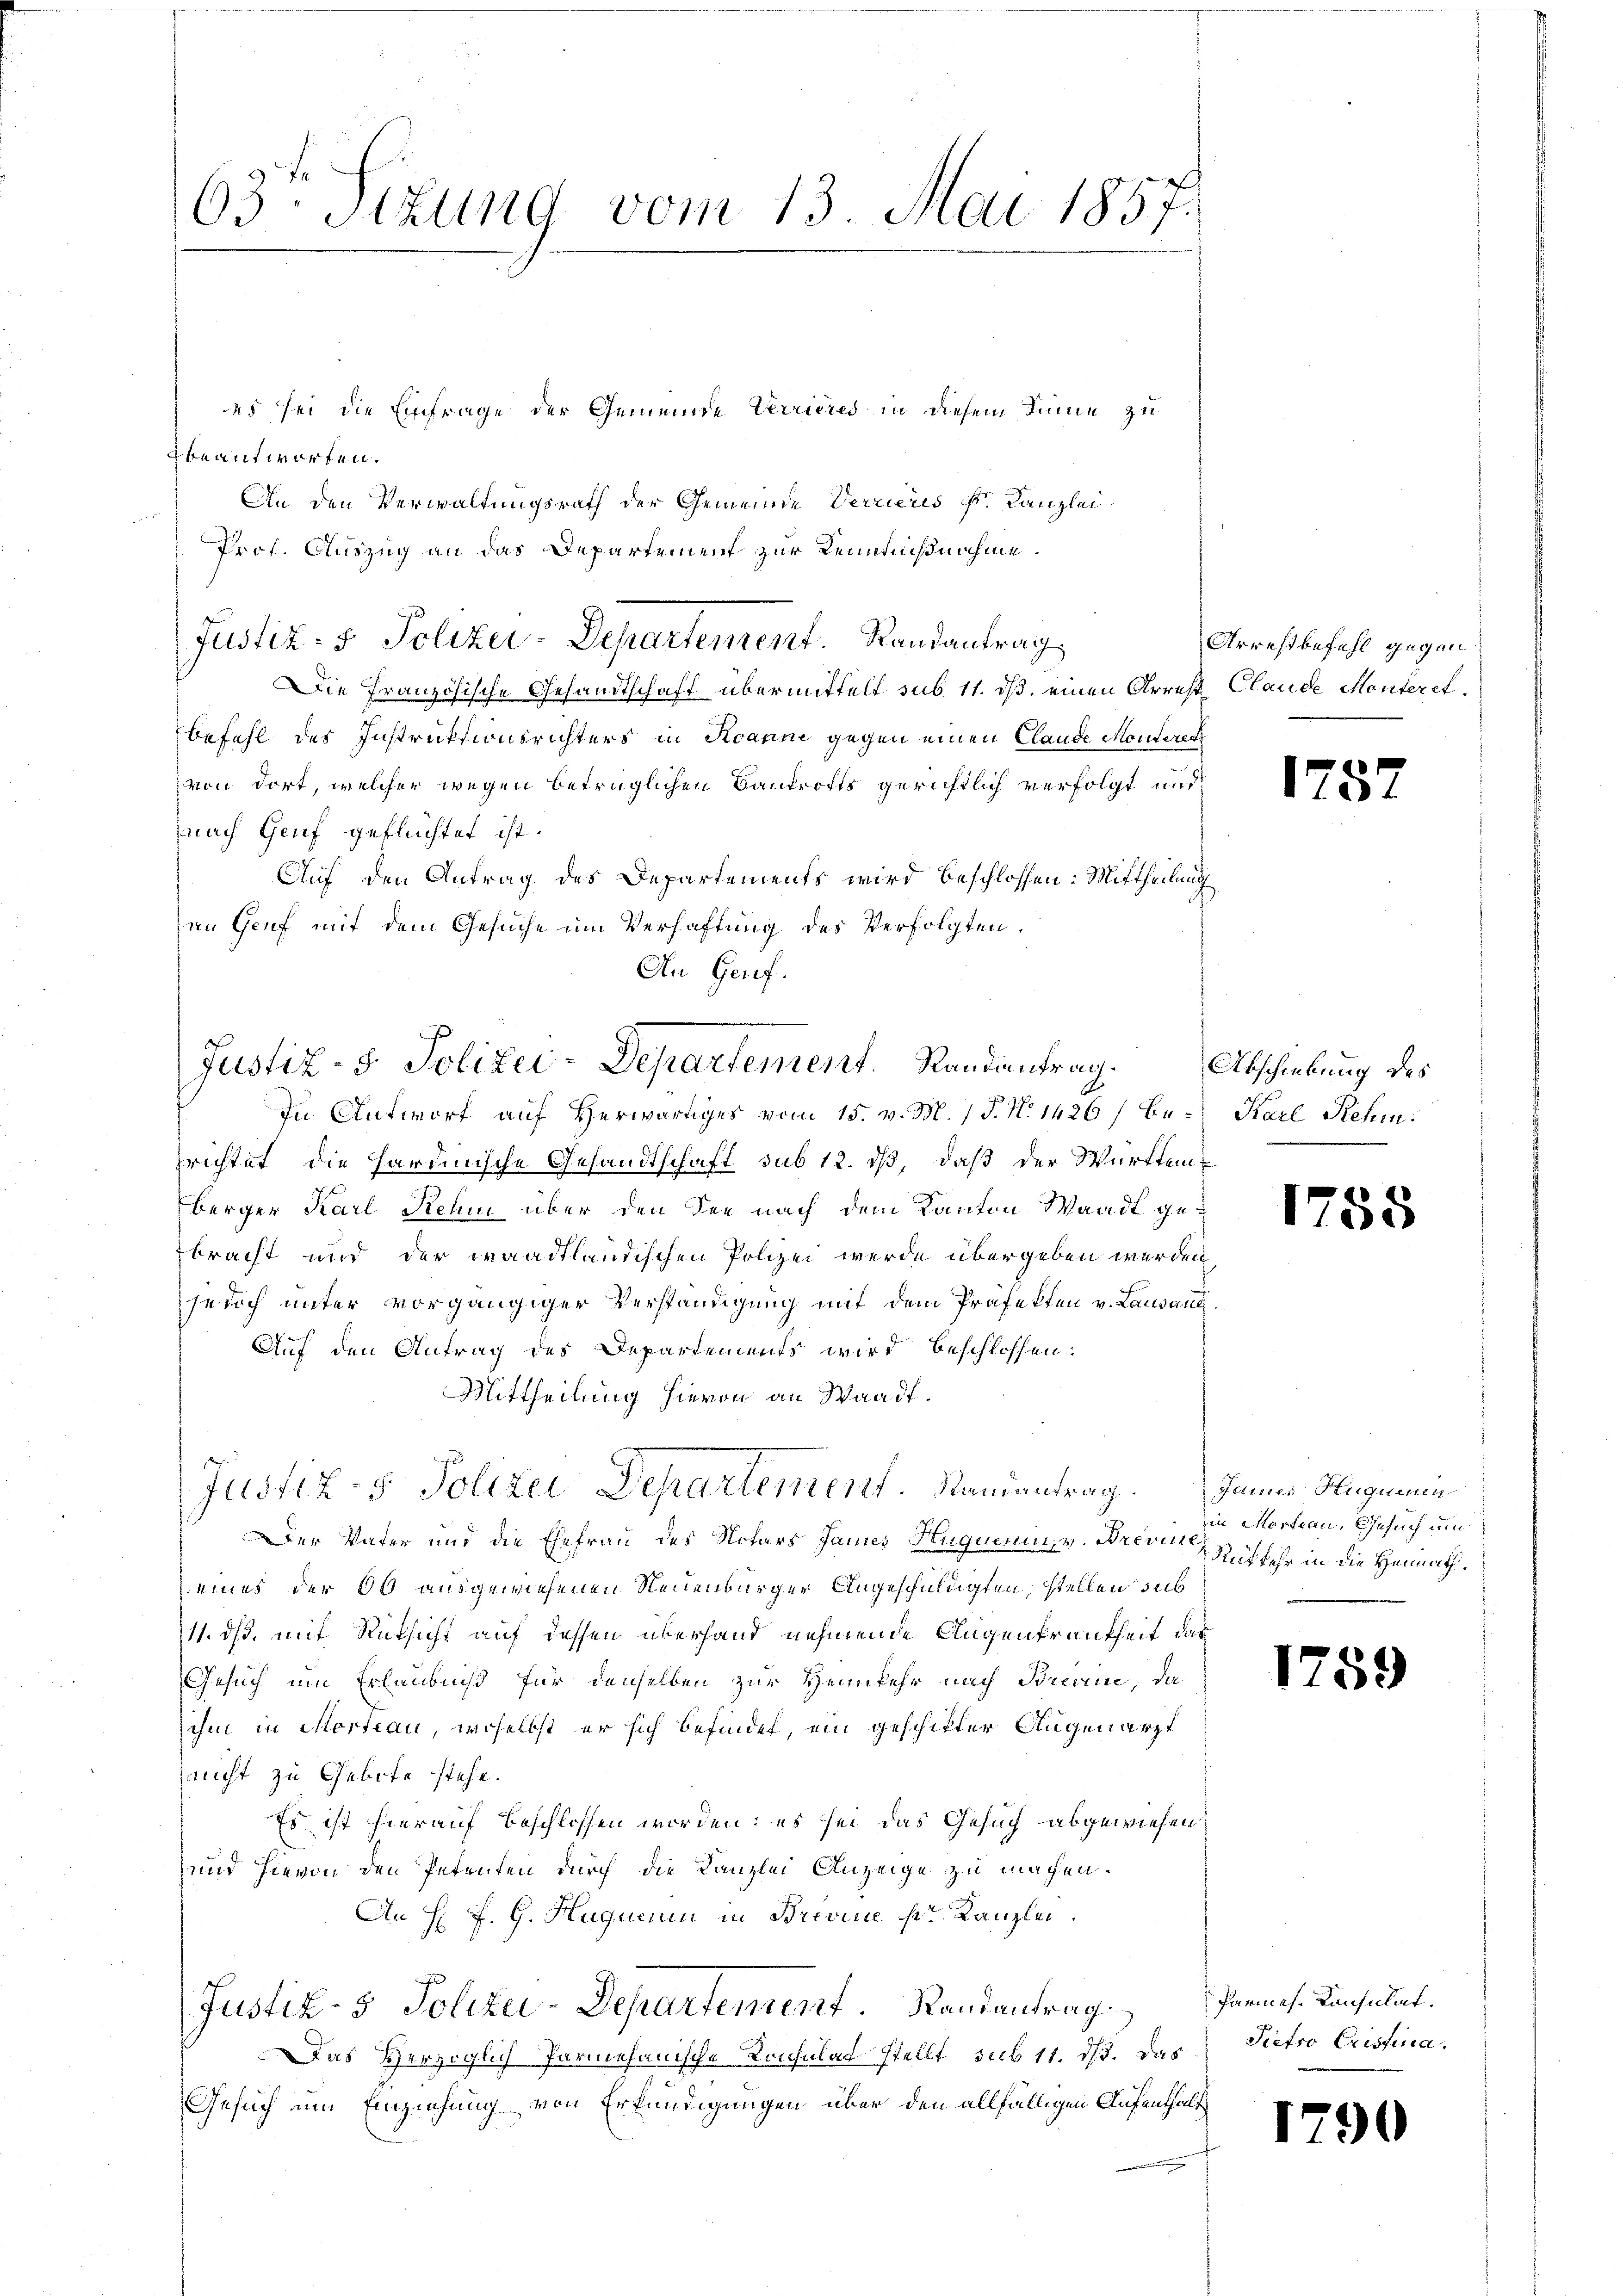
beantworten.
An den Verwaltungsrath der Gemeinde Verrieres k. Kanzlei-
Prof. Auszug an das Departement zur Kenntnißnahme.
Die Französische Gesandtschaft übermittelt sub 11. ds. einen Arrest Claude Monteret.
befehl des Instruktionsrichters in Roanne gegen einen Claude Monteret
von dort, welcher wegen betrüglichen Bankrotts gerichtlich verfolgt und
nach Genf geflüchtet ist.
Auf den Antrag des Departements wird beschlossen: Mittheilung
an Genf mit dem Gesuche um Verhaftung des Verfolgten.
An Genf.

63te Sitzung vom 13. Mai 1857.
es sei die Einfrage der Gemeinde Verrieres in diesem Sinne zu

Justiz- & Polizei-Departement. Randantrag.

Justiz- & Polizei-Departement.   Randantrag,

Justiz- & Polizei Departement. Randantrag. Junius Huguenin

In Antwort auf Herwärtiges vom 15. v. M. / P. N. 1426) bei Karl Rehin:
prichtet, die hardinische Gesandtschaft sub 12. ds, daß der Württemberger Karl Reum über den der nach dem Kanton Waadt gebracht und der waadtländischen Polizei werde übergeben werden
jelich unter vorgängiger Verständigung mit dem Präfekten v. Lausand¬
Auf den Antrag des Departements wird beschlossen:
Mittheilung hievon an Waadt.
Der Vater und die Ehefrau des Notars James Hugnerin, v. Brevie
eines der 60 ausgewiesenen Neuenburger Angeschuldigten, stellen sub
11. ds. mit Rücksicht auf dessen überhand nehmende Augenkrankheit das
Gesuch um Erlaubniß für denselben zur Heimkehr nach Brenne, da
ihm in Mordeau, woselbst er sich befindet, ein geschikter Augenarzt
nicht zu Gebote stehe.
Es ist hierauf beschlossen worden; es sei das Gesuch abgewiesen
und hievon den Petenten durch die Kanzlei Anzeige zu machen.
An H F. G. Huquem in Brevine ser Kanzlei.
Justiz- & Polizei-Departement. Randantrag. Parmes. Konsulat.
Das Herzoglich Parmesanische Konsulat stellt, sub 11. dß. Das
Gesuch um Einziehung von Erkundigungen über den allfälligen Aufenthalt

Urrestbefehl gegen

175.

Abschiebung des

1758

in Marteau, Gesuch um
Rükkehr in die Heimath¬
.

1759

Siefso Eristina.

1790